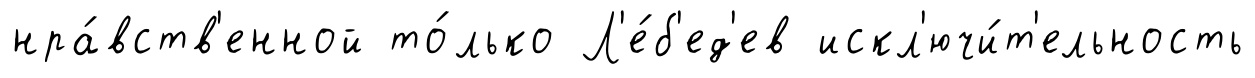
нра́вств'енной то́лько Л'е́б'ед'ев искл'ючи́т'ельность